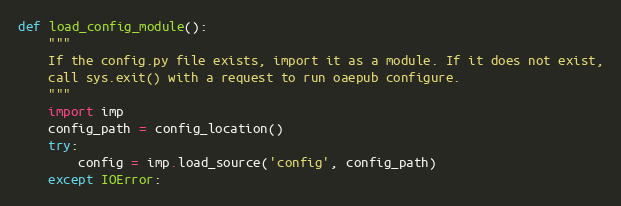
Language: Python
def load_config_module():
    """
    If the config.py file exists, import it as a module. If it does not exist,
    call sys.exit() with a request to run oaepub configure.
    """
    import imp
    config_path = config_location()
    try:
        config = imp.load_source('config', config_path)
    except IOError: